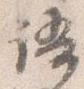
語